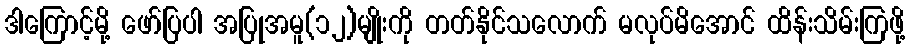
ဒါကြောင့်မို့ ဖော်ပြပါ အပြုအမူ(၁၂)မျိုးကို တတ်နိုင်သလောက် မလုပ်မိအောင် ထိန်းသိမ်းကြဖို့